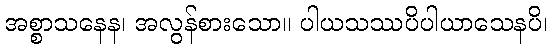
အစ္စာသနေန၊ အလွန်စားသော။ ပါယသဿပိပါယာသေနပိ၊